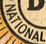
NATIONAL